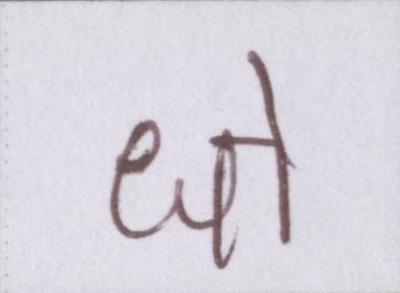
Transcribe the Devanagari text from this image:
धो